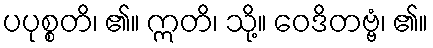
ပပုစ္စတိ၊ ၏။ ဣတိ၊ သို့။ ဝေဒိတဗ္ဗံ၊ ၏။